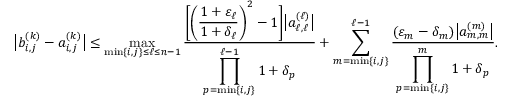
\big | b _ { i , j } ^ { ( k ) } - a _ { i , j } ^ { ( k ) } \big | \le \operatorname* { m a x } _ { \operatorname* { m i n } \{ i , j \} \le \ell \le n - 1 } \frac { \displaystyle { \bigg [ \bigg ( \frac { 1 + \varepsilon _ { \ell } } { 1 + \delta _ { \ell } } \bigg ) ^ { 2 } - 1 \bigg ] \big | a _ { \ell , \ell } ^ { ( \ell ) } \big | } } { \displaystyle { \prod _ { p = \operatorname* { m i n } \{ i , j \} } ^ { \ell - 1 } 1 + \delta _ { p } } } + \sum _ { m = \operatorname* { m i n } \{ i , j \} } ^ { \ell - 1 } \frac { \displaystyle { ( \varepsilon _ { m } - \delta _ { m } ) \big | a _ { m , m } ^ { ( m ) } \big | } } { \displaystyle { \prod _ { p = \operatorname* { m i n } \{ i , j \} } ^ { m } 1 + \delta _ { p } } } .